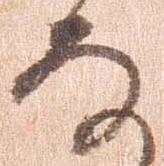
な